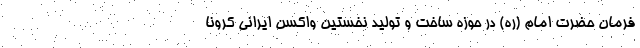
فرمان حضرت امام (ره) در حوزه ساخت و تولید نخستین واکسن ایرانی کرونا